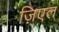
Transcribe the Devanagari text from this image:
ज़िएल